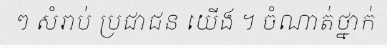
ៗ សំរាប់ ប្រជាជន យើង ។ ចំណាត់ថ្នាក់